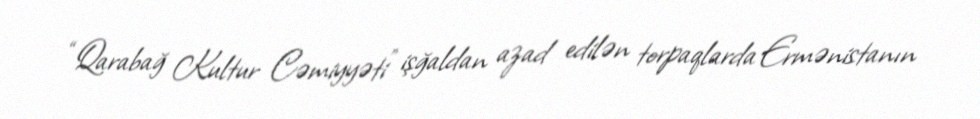
“Qarabağ Kultur Cəmiyyəti” işğaldan azad edilən torpaqlarda Ermənistanın